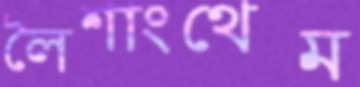
লৈশাংথেম